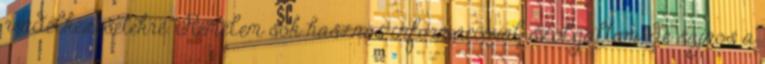
rendelkezésetekre. Remélem sok hasznos információval szolgáltam, de sajnos a